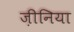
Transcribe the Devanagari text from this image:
ज़ीनिया